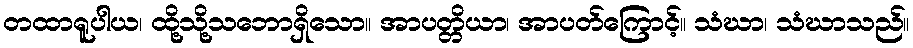
တထာရူပါယ၊ ထို့သို့သဘောရှိသော။ အာပတ္တိယာ၊ အာပတ်ကြောင့်။ သံဃာ၊ သံဃာသည်။